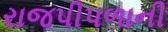
રાજપીપળાની